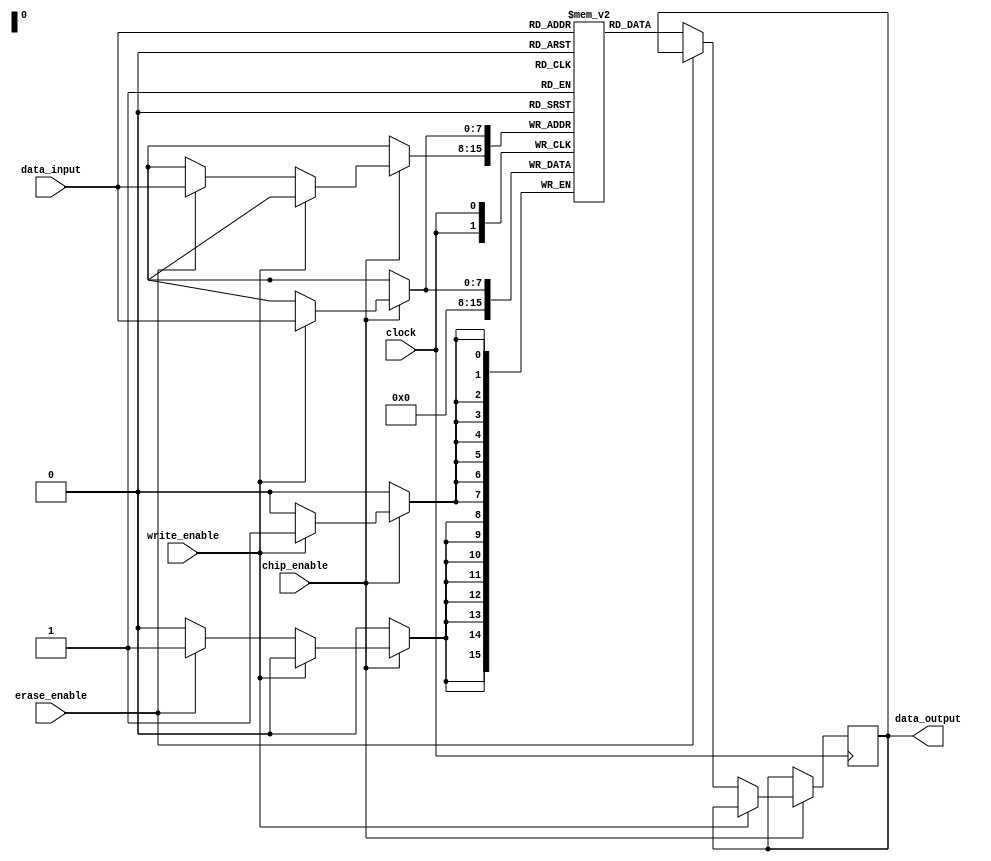
module EPROM (
    input wire clock,
    input wire chip_enable,
    input wire write_enable,
    input wire erase_enable,
    input wire [7:0] data_input,
    output reg [7:0] data_output
);

reg [7:0] memory [0:255];

always @(posedge clock) begin
    if (chip_enable) begin
        if (write_enable) begin
            memory[data_input] <= data_input;
        end else if (erase_enable) begin
            memory[data_input] <= 8'h00;
        end else begin
            data_output <= memory[data_input];
        end
    end
end

endmodule